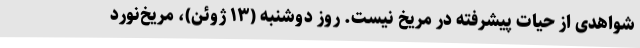
شواهدی از حیات پیشرفته در مریخ نیست. روز دوشنبه (۱۳ ژوئن)، مریخ‌نورد